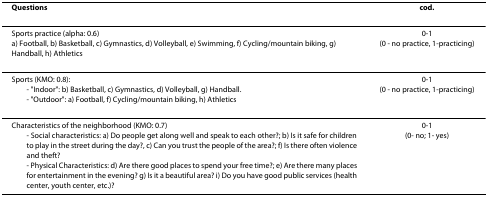
<table><thead><tr><td><b>Questions</b></td><td><b>cod.</b></td></tr></thead><tbody><tr><td>Sports practice (alpha: 0.6)a) Football, b) Basketball, c) Gymnastics, d) Volleyball, e) Swimming, f) Cycling/mountain biking, g) Handball, h) Athletics</td><td>0-1(0 - no practice, 1-practicing)</td></tr><tr><td>Sports (KMO: 0.8):- &quot;Indoor&quot;: b) Basketball, c) Gymnastics, d) Volleyball, g) Handball.- &quot;Outdoor&quot;: a) Football, f) Cycling/mountain biking, h) Athletics</td><td>0-1(0 - no practice, 1-practicing)</td></tr><tr><td>Characteristics of the neighborhood (KMO: 0.7)- Social characteristics: a) Do people get along well and speak to each other?; b) Is it safe for children to play in the street during the day?, c) Can you trust the people of the area?; f) Is there often violence and theft?- Physical Characteristics: d) Are there good places to spend your free time?; e) Are there many places for entertainment in the evening? g) Is it a beautiful area? i) Do you have good public services (health center, youth center, etc.)?</td><td>0-1(0- no; 1- yes)</td></tr></tbody></table>